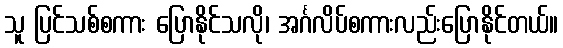
သူ ပြင်သစ်စကား ပြောနိုင်သလို၊ အင်္ဂလိပ်စကားလည်းပြောနိုင်တယ်။